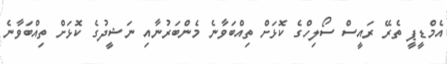
އެމްޑީޕީ ތެރޭ ރައީސް ސޯލިހްގެ ކޮޅަށް ތިއްބަވާނެ މެންބަރުނާއި ނަޝީދުގެ ކޮޅަށް ތިއްބަވާނެ